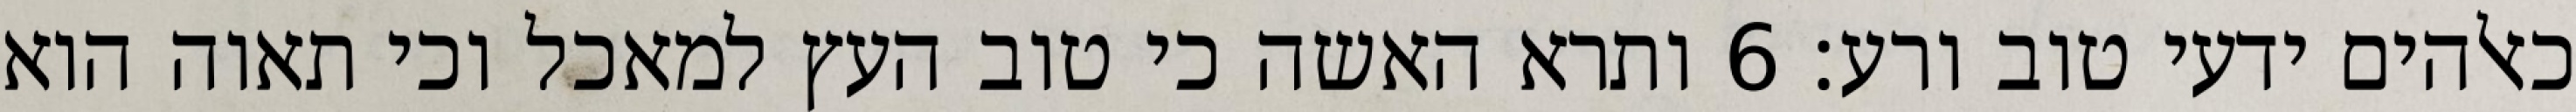
כאלהים ידעי טוב ורע׃ ‎6‏ ותרא האשה כי טוב העץ למאכל וכי תאוה הוא